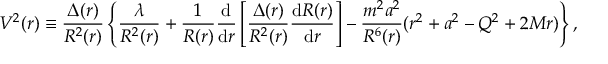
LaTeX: V ^ { 2 } ( r ) \equiv { \frac { \Delta ( r ) } { R ^ { 2 } ( r ) } } \left\{ \frac { \lambda } { R ^ { 2 } ( r ) } + \frac { 1 } { R ( r ) } \frac { \mathrm { d } } { \mathrm { d } r } \left[ \frac { \Delta ( r ) } { R ^ { 2 } ( r ) } \frac { \mathrm { d } R ( r ) } { \mathrm { d } r } \right] - { \frac { m ^ { 2 } a ^ { 2 } } { R ^ { 6 } ( r ) } } ( r ^ { 2 } + a ^ { 2 } - Q ^ { 2 } + 2 M r ) \right\} ,